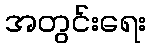
အတွင်းရေး